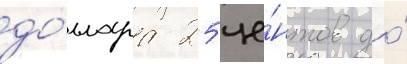
до́ллара 25 це́нтов до́